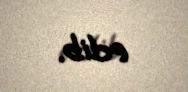
edib.